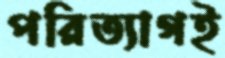
পরিত্যাগই